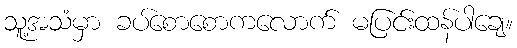
သူ့အသံမှာ ခပ်စောစောကလောက် မပြင်းထန်ပါချေ။